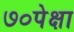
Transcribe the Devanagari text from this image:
७०पेक्षा